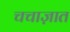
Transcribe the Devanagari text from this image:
चचाज़ात